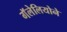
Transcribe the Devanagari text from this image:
गॅलेलियोने